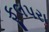
ફૂલપરા